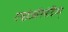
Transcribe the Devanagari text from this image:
गच्छेज्जैनमंदिरम्‌